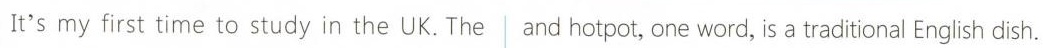
It'smy first time to study in the UK. The and hotpot, one word, is a traditional English dish.